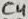
Text: C4